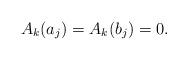
LaTeX: \begin{align*} A_k(a_j)=A_k(b_j)=0. \end{align*}